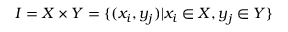
I = X \times Y = \{ ( x _ { i } , y _ { j } ) | x _ { i } \in X , y _ { j } \in Y \}